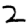
Digit: 2